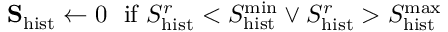
\mathbf { S } _ { \mathrm { h i s t } } \leftarrow 0 \ \ \mathrm { i f } \ S _ { \mathrm { h i s t } } ^ { r } < S _ { \mathrm { h i s t } } ^ { \mathrm { m i n } } \lor S _ { \mathrm { h i s t } } ^ { r } > S _ { \mathrm { h i s t } } ^ { \mathrm { m a x } }